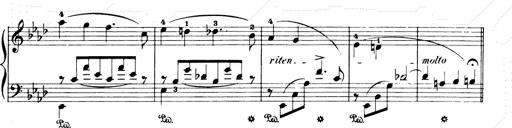
Title: Consolations and LiebestrÃ¤ume for the Piano
Composer: Franz Liszt